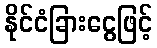
နိုင်ငံခြားငွေဖြင့်